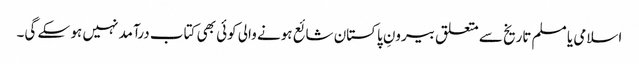
اسلامی یا مسلم تاریخ سے متعلق بیرونِ پاکستان شائع ہونے والی کوئی بھی کتاب درآمد نہیں ہو سکے گی۔